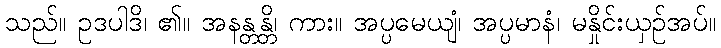
သည်။ ဥဒပါဒိ၊ ၏။ အနန္တန္တိ၊ ကား။ အပ္ပမေယျံ၊ အပ္ပမာနံ၊ မနှိုင်းယှဉ်အပ်။